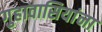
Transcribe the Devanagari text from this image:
गुहावासियांना